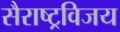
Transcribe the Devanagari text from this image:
सैराष्ट्रविजय